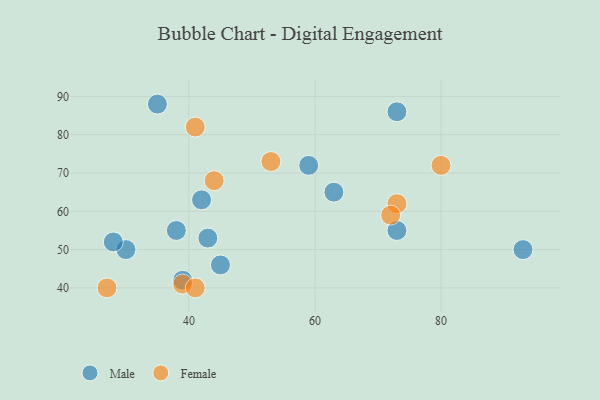
{"axis": {"x": "GDP", "y": "Life Expectancy"}, "legend": ["Female", "Male"], "data": [{"x": "93", "y": 50, "type": "Male"}, {"x": "43", "y": 53, "type": "Male"}, {"x": "59", "y": 72, "type": "Male"}, {"x": "35", "y": 88, "type": "Male"}, {"x": "63", "y": 65, "type": "Male"}, {"x": "73", "y": 55, "type": "Male"}, {"x": "73", "y": 86, "type": "Male"}, {"x": "38", "y": 55, "type": "Male"}, {"x": "30", "y": 50, "type": "Male"}, {"x": "28", "y": 52, "type": "Male"}, {"x": "45", "y": 46, "type": "Male"}, {"x": "39", "y": 42, "type": "Male"}, {"x": "42", "y": 63, "type": "Male"}, {"x": "44", "y": 68, "type": "Female"}, {"x": "27", "y": 40, "type": "Female"}, {"x": "80", "y": 72, "type": "Female"}, {"x": "41", "y": 82, "type": "Female"}, {"x": "73", "y": 62, "type": "Female"}, {"x": "39", "y": 41, "type": "Female"}, {"x": "72", "y": 59, "type": "Female"}, {"x": "53", "y": 73, "type": "Female"}, {"x": "41", "y": 40, "type": "Female"}]}